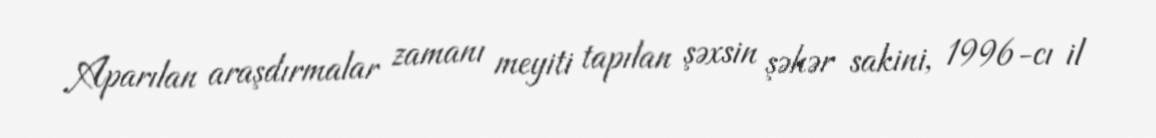
Aparılan araşdırmalar zamanı meyiti tapılan şəxsin şəhər sakini, 1996-cı il